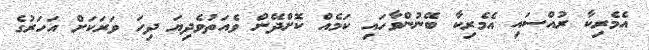
އެމެރިކާ ރުއްސައި އެމެރިކާ ބޭނުންވާހައި ކަމެއް ކޮށްދޭން ވެއަތުވެދިޔަ ދިހަ ވަރަކަށް އަހަރުގެ